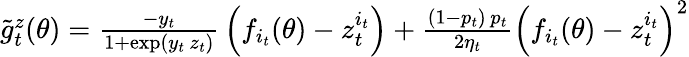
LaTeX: \begin{array}{r}{\tilde{g}_{t}^{z}(\theta)=\frac{-y_{t}}{1+\exp(y_{t}\, z_{t})}\, \left(f_{i_{t}}(\theta)-z_{t}^{i_{t}}\right)+\frac{(1-p_{t})\, p_{t}}{2{\eta_{t}}}\left(f_{i_{t}}(\theta)-z_{t}^{i_{t}}\right)^{2}}\end{array}